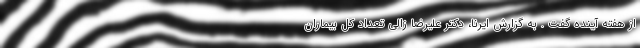
از هفته آینده گفت . به گزارش ایرنا، دکتر علیرضا زالی تعداد کل بیماران